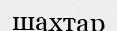
шахтар